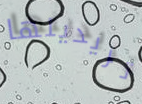
تريدينها